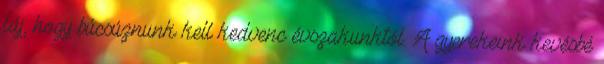
fáj, hogy búcsúznunk kell kedvenc évszakunktól. A gyerekeink kevésbé